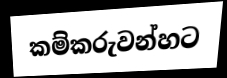
කම්කරුවන්හට